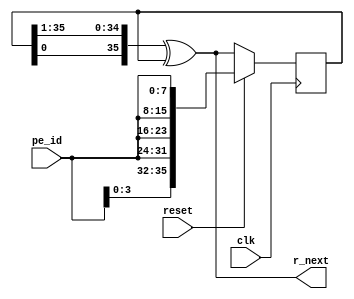
module EvE_PRNG
   (
    clk, reset,
     r_next, pe_id
   );
   input clk, reset;
   input [7:0] pe_id;
   reg [35:0] r_reg;
   output [35:0] r_next;


   always @(posedge clk)
   begin
      if (reset)
         r_reg <= {pe_id[3:0],pe_id,pe_id,pe_id,pe_id};
      else
         r_reg <= r_next;
	end

	//assign r_next = {s_in, r_reg[N-1:1]};
  assign r_next = {r_reg[0], r_reg[35:1]} ^ r_reg;


endmodule